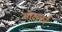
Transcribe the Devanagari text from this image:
मोक्षपर्व